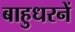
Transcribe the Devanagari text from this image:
बाहुधरनें